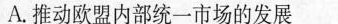
A.推动欧盟内部统一市场的发展